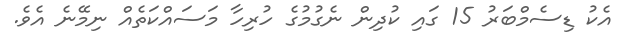
އެކު ޑިސެމްބަރު 15 ގައި ކުދިން ނެގުމުގެ ހުރިހާ މަސައްކަތެއް ނިމޭނެ އެވެ.